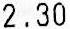
2.30